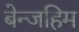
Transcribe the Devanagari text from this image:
बेन्जहिम